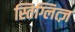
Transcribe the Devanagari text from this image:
स्तिग्लित्ज़